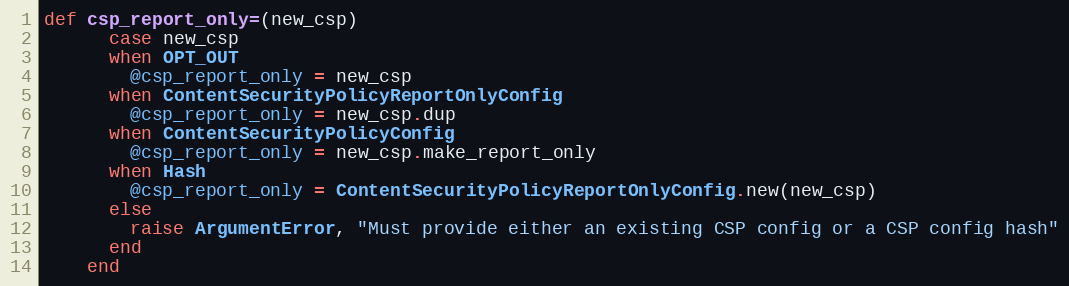
Language: Ruby
def csp_report_only=(new_csp)
      case new_csp
      when OPT_OUT
        @csp_report_only = new_csp
      when ContentSecurityPolicyReportOnlyConfig
        @csp_report_only = new_csp.dup
      when ContentSecurityPolicyConfig
        @csp_report_only = new_csp.make_report_only
      when Hash
        @csp_report_only = ContentSecurityPolicyReportOnlyConfig.new(new_csp)
      else
        raise ArgumentError, "Must provide either an existing CSP config or a CSP config hash"
      end
    end